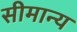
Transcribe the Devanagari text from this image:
सीमान्य